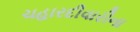
ચહારદીવારીના